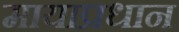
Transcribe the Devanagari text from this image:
मायाप्रधान